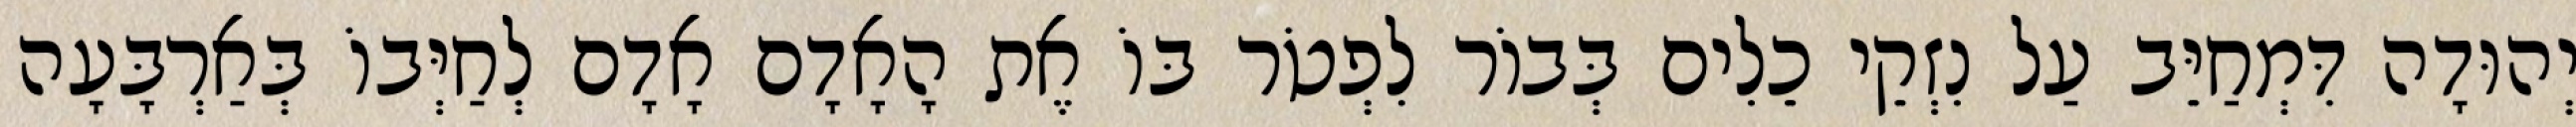
יְהוּדָה דִּמְחַיֵּב עַל נִזְקֵי כֵלִים בְּבוֹר לִפְטֹר בּוֹ אֶת הָאָדָם אָדָם לְחַיְּבוֹ בְּאַרְבָּעָה